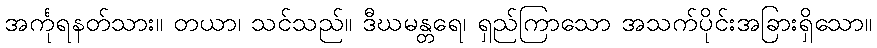
အင်္ကုရနတ်သား။ တယာ၊ သင်သည်။ ဒီဃမန္တရေ၊ ရှည်ကြာသော အသက်ပိုင်းအခြားရှိသော။